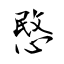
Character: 愍